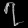
Digit: ၇